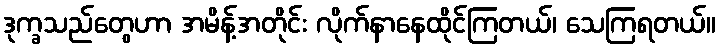
ဒုက္ခသည်တွေဟာ အမိန့်အတိုင်း လိုက်နာနေထိုင်ကြတယ်၊ သေကြရတယ်။